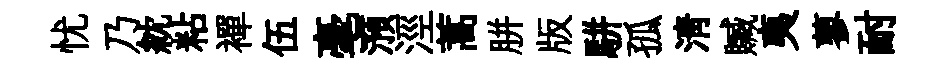
忧乃紞粘襌伍毫澦涇蒿胼版駢孤清贓夷蓼耐